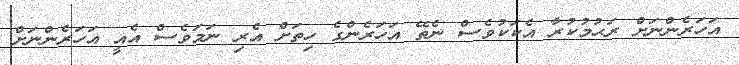
އަހަރެންނަށް ރަޙުމުކުރާ އެކަކުވެސް ނެތޭ އަހަރެންގެ ހިތަށް އެރި ނަމަވެސް އެއީ އަހަރެންނަށް